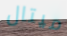
ميتال